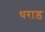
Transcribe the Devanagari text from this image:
थराड़